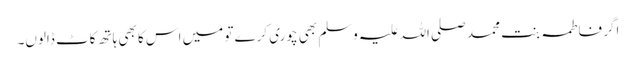
اگر فاطمہ بنت محمد صلی اللہ علیہ وسلم بھی چوری کرے تو میں اس کا بھی ہاتھ کاٹ ڈالوں۔